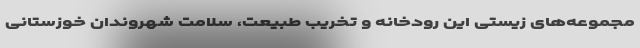
مجموعه‌های زیستی این رودخانه و تخریب طبیعت، سلامت شهروندان خوزستانی